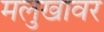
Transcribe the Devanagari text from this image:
मलुखावर